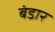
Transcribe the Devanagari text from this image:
बंडार